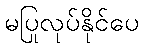
မပြုလုပ်နိုင်ပေ